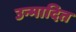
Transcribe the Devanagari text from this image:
उन्मादित